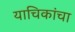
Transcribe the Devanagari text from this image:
याचिकांचा